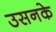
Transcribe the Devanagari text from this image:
उसनके